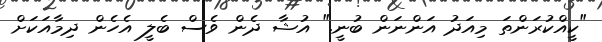
"ކީއްކުރަންތަ މިއަދު އަންނަން ބުނީ." އުޝާ ދެން ވެސް ބެލީ އެހެން ދިމާއަކަށް